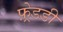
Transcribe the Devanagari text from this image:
फ़्रेडडी